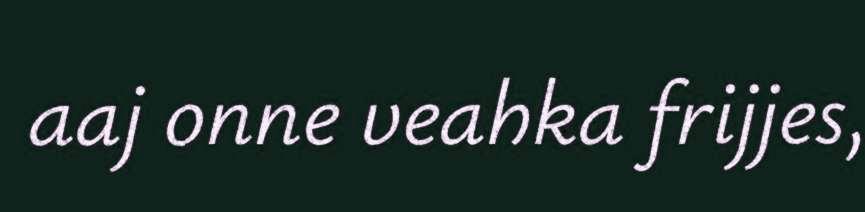
aaj onne veahka frijjes,